Insane asylums in Bengal annual reports 1867-1875 - 1867-1875
Year: 1867
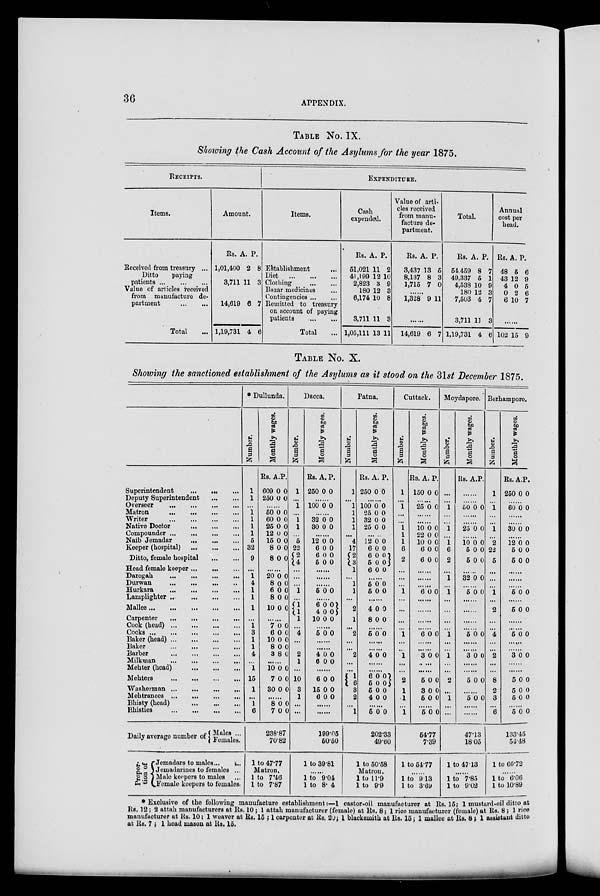
36
APPENDIX.
TABLE No. IX.
Showing the Cash Account of the Asylums for the year 1875.
RECEIPTS.
Items.
Received from treasury ...
Ditto
paying
patients
...
...
...
Value of articles received
from manufacture de-
partment
...
...
Total ...
Amount.
Rs.
1,01,400
3,711
14,619
1,19,731
A.
2
11
6
4
P.
8
3
7
6
EXPENDITURE.
Items.
Establishment ...
Diet
...
...
...
Clothing
...
...
Bazar medicines ...
Contingencies ... ...
Remitted to treasury
on account of paying
patients
...
...
Total ...
Cash
expended.
Rs.
51,021
41,199
2,823
180
6,174
3,711
1,05,111
A.
11
12
3
12
10
11
13
P.
2
10
9
3
8
3
11
Value of arti-
cles received
from manu-
facture de-
partment.
Rs.
3,437
8,137
1,715
A.
13
8
7
P.
5
3
0
.......
1,328 9 11
......
14,619 6 7
Total.
Rs.
54,459
49,337
4,538
180
7,503
3,711
1,19,731
A.
8
5
10
12
4
11
4
P.
7
1
9
3
7
3
6
Annual
cost per
head.
Rs.
48
43
4
0
6
A.
5
12
0
2
10
P.
6
9
5
6
7
......
102 15 9
TABLE No. X.
Showing the sanctioned establishment of the Asylums as it stood on the 31st December 1875.
Superintendent ... ... ...
Deputy Superintendent
...
...
Overseer
...
...
...
...
Matron ... ... ... ...
Writer
...
...
...
...
Native Doctor
...
...
...
Compounder
...
...
...
...
Naib Jemadar ... ... ...
Keeper (hospital)
...
...
...
Ditto, female hospital
...
...
Head female keeper ... ... ...
Darogah
...
...
...
...
Durwan
...
...
...
...
Hurkara
...
...
...
...
Lamplighter
...
...
...
...
Mallee
...
...
...
...
Carpenter
...
...
...
...
Cook (head)
...
...
...
...
Cooks
...
...
...
...
...
Baker (head) ... ... ... ... ...
Baker
...
...
...
...
Barber
...
...
...
...
Milkman
...
...
...
...
Mehter (head)
...
...
...
Mehters
...
...
...
...
Washerman
...
...
...
...
Mehtranees
...
...
...
...
Bhisty (head)
...
...
...
Bhisties
...
...
...
...
Daily average number of
Propor-
tion of
Males ...
Females.
Jemadars to males ... ...
Jemadarines to females ...
Male keepers to males ...
Female keepers to females.
* Dullunda.
Number.
1
1
...
1
1
1
1
5
32
9
...
1
4
1
1
1
...
1
3
1
1
4
...
1
15
1
...
1
6
Monthly wages.
Rs.
609
250
A.
0
0
P.
0
0
......
50
60
25
12
15
8
8
0
0
0
0
0
0
0
0
0
0
0
0
0
0
......
20
8
6
8
10
0
0
0
0
0
0
0
0
0
0
......
7
6
10
8
3
0
0
0
0
8
0
0
0
0
0
......
10
7
30
0
0
0
0
0
0
......
8
7
0
0
0
0
238.87
70.82
1 to 47.77
Matron.
1 to 7.46
1 to 7.87
Dacca.
Number.
1
...
1
...
1
1
...
5
22
2
4
...
...
...
1
...
1 1
1
...
4
...
...
2
1
...
10
3
1
...
...
Monthly wages.
Rs.
250
A.
0
P.
0
......
100 0 0
......
32
30
0
0
0
0
......
12
6
6
5
0
0
0
0
0
0
0
0
......
......
......
5 0 0
......
6
4
10
0
0
0
0
0
0
......
5 0 0
......
......
4
6
0
0
0
0
......
6
15
6
0
0
0
0
0
0
......
......
199.05
50.50
1 to 39.81
......
1 to 9.04
1 to 8.4
Patna.
Number.
1
...
1
1
1
1
...
4
17
2
3
1
...
1
1
...
2
1
...
2
...
...
2
...
...
1
6
3
2
...
1
Monthly wages.
Rs.
250
A.
0
P.
0
......
100
25
32
25
0
0
0
0
0
0
0
0
......
12
6
6
5
6
0
0
0
0
0
0
0
0
0 0
......
5
5
0
0
0
0
......
4
8
0
0
0
0
......
5 0 0
......
......
4 0 0
......
......
6
5
5
4
0
0
0
0
0
0 0
0
......
5 0 0
202.33
49.60
1 to 50.58
Matron.
1 to 11.9
1 to 9.9
Cuttack.
Number.
1
...
1
...
...
1
1
1
6
2
...
...
...
1
...
...
...
...
1
...
...
1
...
...
2
1
1
...
1
Monthly wages.
Rs.
150
A.
0
P.
0
......
25 0 0
......
......
10
22
10
6
6
0
0
0
0
0
0
0
0
0
0
......
......
......
6 0 0
......
......
......
......
6 0 0
......
......
3 0 0
......
......
5
3
5
0
0
0
0
0
0
......
5 0 0
54.77
7.39
1 to 54.77
......
1 to 9.13
1 to 3.69
Moydapore.
Number.
...
...
1
...
...
1
...
1
6
2
...
1
...
1
...
...
...
...
1
...
...
1
...
...
2
...
1
...
...
Monthly wages.
Rs. A. P.
......
......
50 0 0
......
......
25 0 0
......
10
5
5
0
0
0
0
0
0
......
32 0 0
......
5 0 0
......
......
......
......
5 0 0
......
......
3 0 0
......
......
5 0 0
......
5 0 0
......
......
47.13
18.05
1 to 47.13
......
1 to 7.85
1 to 9.02
Berhampore.
Number.
1
...
1
...
...
1
...
2
22
5
...
...
...
1
...
2
...
...
4
...
...
2
...
...
8
2
3
...
6
Monthly wages.
Rs.
250
A.
0
P.
0
......
60 0 0
......
......
30 0 0
......
12
5
5
0
0
0
0
0
0
......
......
......
5 0 0
......
5 0 0
......
......
5 0 0
......
......
3 0 0
......
......
5
5
5
0
0
0
0
0
0
......
5 0 0
133.45
54.48
1 to 66.72
......
1 to 6.06
1 to 10.89
* Exclusive of the following manufacture establishment:—1 castor-oil manufacturer at Rs. 15; 1 mustard-oil ditto at
Rs. 12; 2 attah manufacturers at Rs. 10; 1 attah manufacturer (female) at Rs. 8; 1 rice manufacturer (female) at Rs. 8; 1 rice
manufacturer at Rs. 10; 1 weaver at Rs. 15; 1 carpenter at Rs. 20; 1 blacksmith at Rs. 15; 1 mallee at Rs. 8; 1 assistant ditto
at Rs. 7; 1 head mason at Rs. 15.